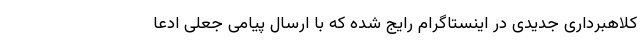
کلاهبرداری جدیدی در اینستاگرام رایج شده که با ارسال پیامی جعلی ادعا